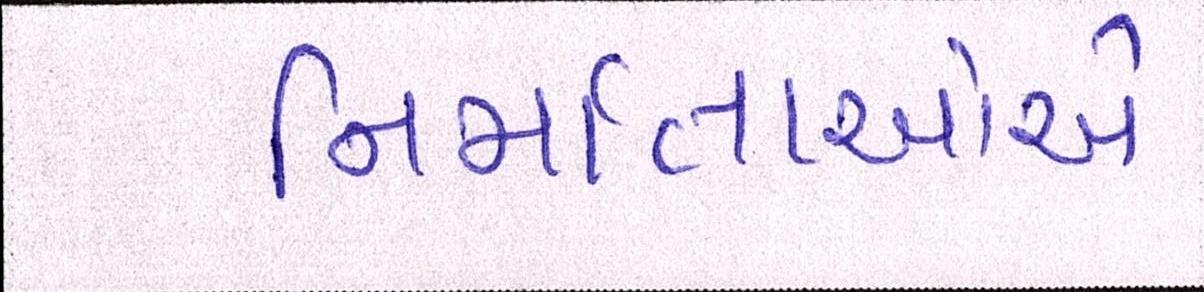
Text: નિર્માતાઓએ